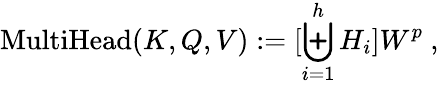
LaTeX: \mathrm{MultiHead}(K,Q,V):=[\biguplus_{i=1}^{h}H_{i}]W^{p}~,